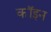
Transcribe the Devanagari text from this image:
कॉइन